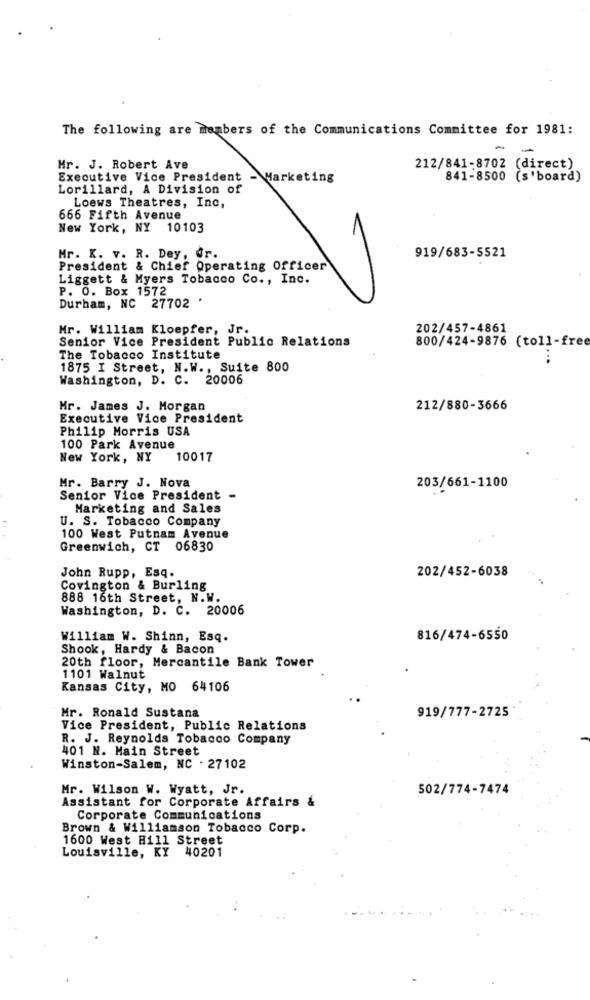
The following are members of the Communications Committee for 1981:
Mr. J. Robert Ave
212/841-8702 (direct)
Executive Vice President - Marketing
841-8500 (s'board)
Lorillard, A Division of
Loews Theatres, Inc,
666 Fifth Avenue
New York, NY 10103
Mr. K. v. R. Dey, dr.
919/683-5521
President & Chief Operating Officer
Liggett & Myers Tobacco Co ., Inc.
P. O. Box 1572
Durham, NC 27702 .
Mr. William Kloepfer, Jr.
202/457-4861
Senior Vice President Public Relations
800/424-9876 (toll-free
The Tobacco Institute
...
1875 I Street, N.W ., Suite 800
Washington, D. C. 20006
Hr. James J. Morgan
212/880-3666
Executive Vice President
Philip Morris USA
100 Park Avenue
New York, NY
10017
Mr. Barry J. Nova
203/661-1100
Senior Vice President -
Marketing and Sales
U. S. Tobacco Company
100 West Putnam Avenue
Greenwich, CT 06830
202/452-6038
John Rupp, Esq.
Covington & Burling
888 16th Street, N.W.
Washington, D. C. 20006
William W. Shinn, Esq.
816/474-6550
Shook, Hardy & Bacon
20th floor, Mercantile Bank Tower
1101 Walnut
Kansas City, MO 64106
Mr. Ronald Sustana
919/777-2725
Vice President, Public Relations
R. J. Reynolds Tobacco Company
401 N. Main Street
Winston-Salem, NC . 27102
Mr. Wilson W. Wyatt, Jr.
502/774-7474
Assistant for Corporate Affairs &
Corporate Communications
Brown & Williamson Tobacco Corp.
1600 West Hill Street
Louisville, KY 40201